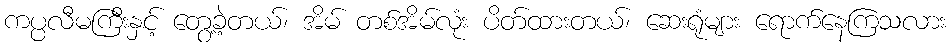
ကပ္ပလီမကြီးနှင့် တွေ့ခဲ့တယ်၊ အိမ် တစ်အိမ်လုံး ပိတ်ထားတယ်၊ ဆေးရုံများ ရောက်နေကြသလား